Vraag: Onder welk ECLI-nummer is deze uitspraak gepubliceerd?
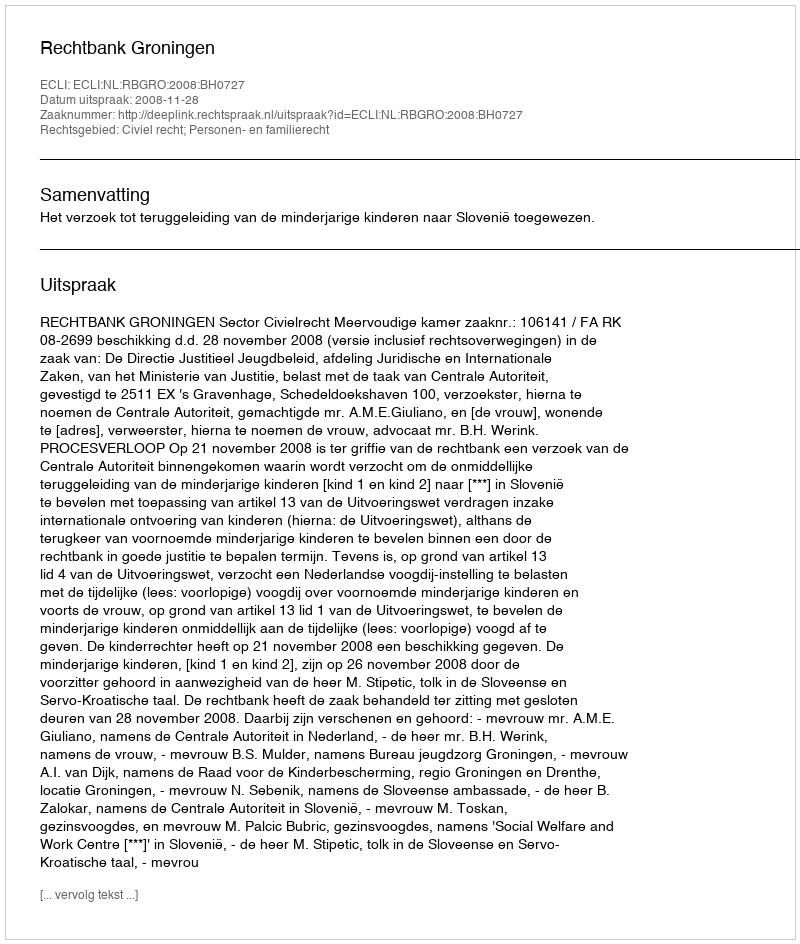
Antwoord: ECLI:NL:RBGRO:2008:BH0727